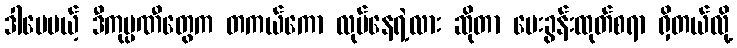
ဒါပေမယ့် ဒီကုမ္ပဏီတွေက တကယ်ကော လုပ်နေရဲ့လား ဆိုတာ မေးခွန်းထုတ်စရာ ရှိတယ်လို့